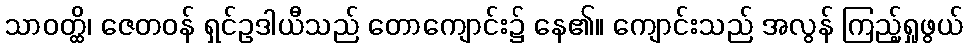
သာဝတ္ထိ၊ ဇေတဝန် ရှင်ဥဒါယီသည် တောကျောင်း၌ နေ၏။ ကျောင်းသည် အလွန် ကြည့်ရှုဖွယ်